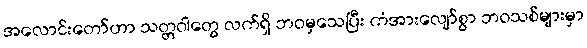
အလောင်းတော်ဟာ သတ္တဝါတွေ လက်ရှိ ဘဝမှသေပြီး ကံအားလျော်စွာ ဘဝသစ်များမှာ